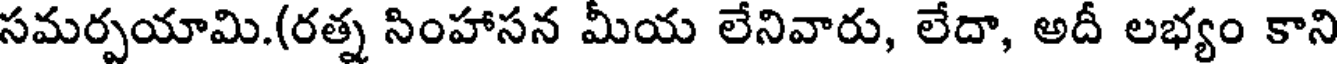
సమర్పయామి.(రత్న సింహాసన మీయ లేనివారు, లేదా, అదీ లభ్యం కాని